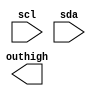
module out16hi(scl,sda,outhigh);
input scl,sda;
output [15:0] outhigh;
reg [5:0] mstate;
reg [3:0] pdata,
            padatabuf;
reg [15:0] outhigh;

endmodule